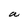
Character: a